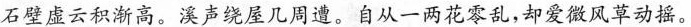
石壁虚云积渐高。溪声绕屋几周遭。自从一两花零乱，却爱微风草动摇。